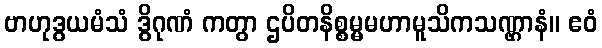
ဗာဟုဒွယမံသံ ဒွိဂုဏံ ကတွာ ဌပိတနိစ္စမ္မမဟာမူသိကသဏ္ဌာနံ။ ဧဝံ